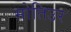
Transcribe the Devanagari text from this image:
मोतिउर